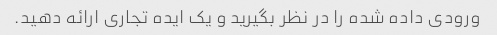
ورودی داده شده را در نظر بگیرید و یک ایده تجاری ارائه دهید.